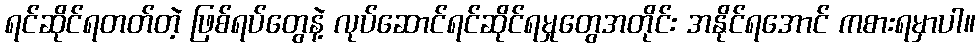
ရင်ဆိုင်ရတတ်တဲ့ ဖြစ်ရပ်တွေနဲ့ လုပ်ဆောင်ရင်ဆိုင်ရမှုတွေအတိုင်း အနိုင်ရအောင် ကစားရမှာပါ။